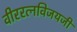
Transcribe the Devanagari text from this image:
वीररत्नविजयजी